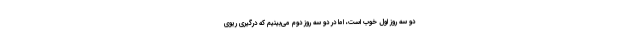
دو سه روز اول خوب است، اما در دو سه روز دوم می‌بینیم که درگیری ریوی